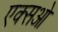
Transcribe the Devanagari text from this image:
एक्सओ